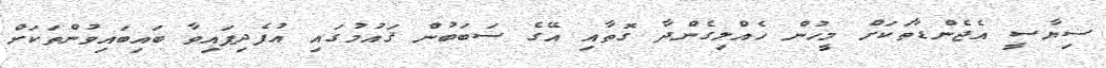
ސިޔާސީ އެޖެންޑާތަކަށް މީހުން ހެއްލިގެންދާ ގޮތާއި އޭގެ ސަބަބުން ޤައުމުގައި އުފެދިފައިވާ ބައިބައިވުންތަކަށް